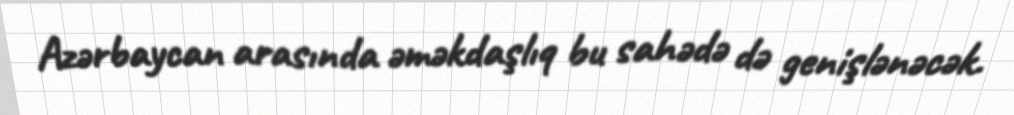
Azərbaycan arasında əməkdaşlıq bu sahədə də genişlənəcək.